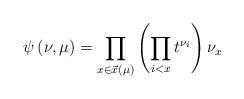
LaTeX: \begin{align*}\psi\left(\nu,\mu \right)=\prod_{x \in \vec{x}(\mu)}\left(\prod_{i < x}t^{\nu_i}\right)\nu_{x}\end{align*}